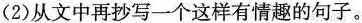
(2)从文中再抄写一个这样有情趣的句子。